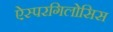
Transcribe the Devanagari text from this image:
ऐस्परगिलोसिस